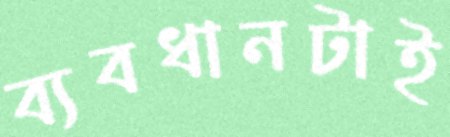
ব্যবধানটাই